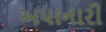
અપાનારી